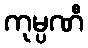
ကုမ္ပဏီ